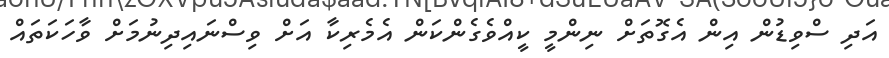
އަދި ސްވިޑުން އިން އެގޮތަށް ނިންމީ ކީއްވެގެންކަން އެމެރިކާ އަށް ވިސްނައިދިނުމަށް ވާހަކަތައް